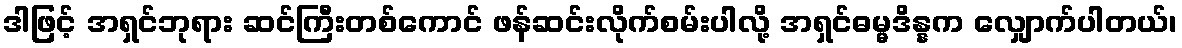
ဒါဖြင့် အရှင်ဘုရား ဆင်ကြီးတစ်ကောင် ဖန်ဆင်းလိုက်စမ်းပါလို့ အရှင်ဓမ္မဒိန္နက လျှောက်ပါတယ်၊